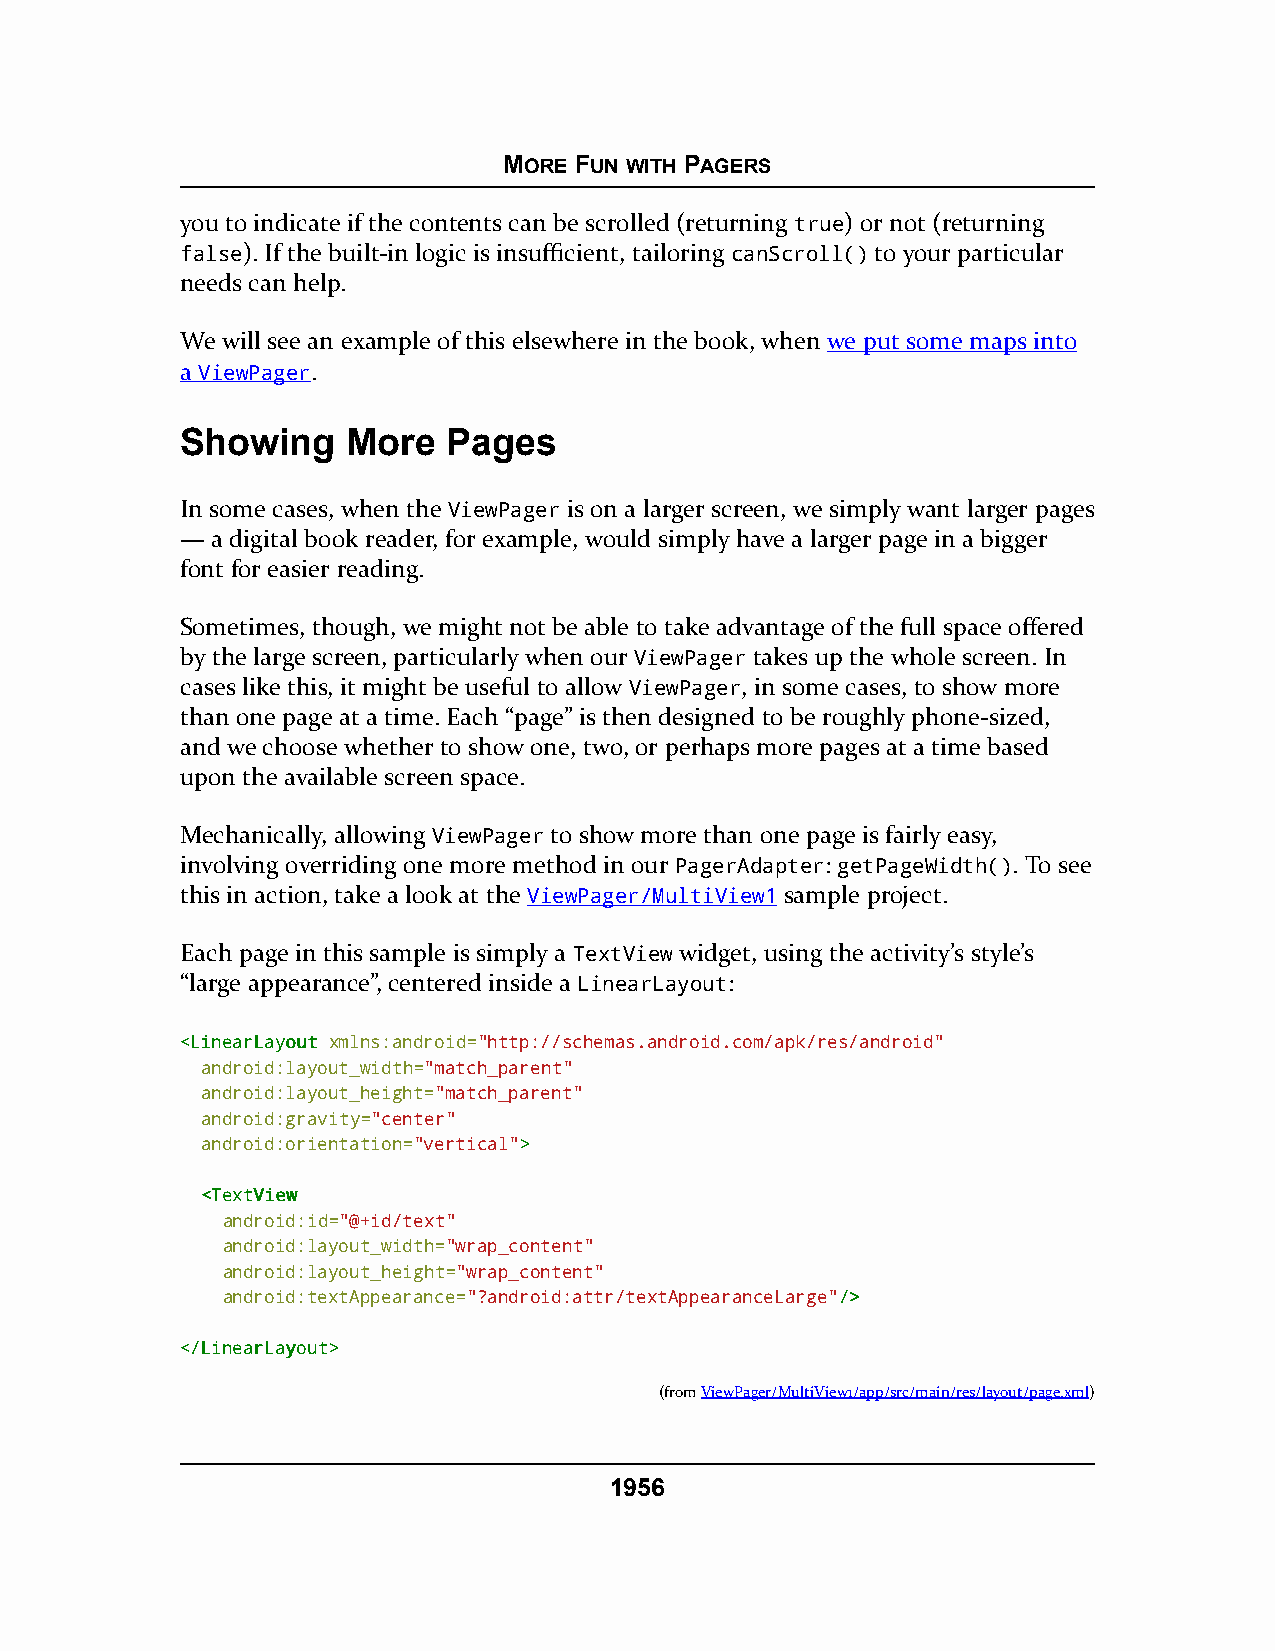
MORE FUN WITH PAGERS
 you to indicate if the contents can be scrolled (returning true) or not (returning
 false). If the built-in logic is insufficient, tailoring canScroll() to your particular
 needs can help.
 We will see an example of this elsewhere in the book, when we put some maps into
 a ViewPager.
 Showing    More   Pages
 In some cases, when the ViewPager is on a larger screen, we simply want larger pages
 — a digital book reader, for example, would simply have a larger page in a bigger
 font for easier reading.
 Sometimes, though, we might not be able to take advantage of the full space offered
 by the large screen, particularly when our ViewPager takes up the whole screen. In
 cases like this, it might be useful to allow ViewPager, in some cases, to show more
 than one page at a time. Each “page” is then designed to be roughly phone-sized,
 and we choose whether to show one, two, or perhaps more pages at a time based
 upon the available screen space.
 Mechanically, allowing ViewPager to show more than one page is fairly easy,
 involving overriding one more method in our PagerAdapter: getPageWidth(). To see
 this in action, take a look at the ViewPager/MultiView1 sample project.
 Each page in this sample is simply a TextView widget, using the activity’s style’s
 “large appearance”, centered inside a LinearLayout:
 <<LLiinneeaarrLLaayyoouutt xmlns:android="http://schemas.android.com/apk/res/android"
 android:layout_width="match_parent"
 android:layout_height="match_parent"
 android:gravity="center"
 android:orientation="vertical">>
 <<TTeexxttVViieeww
 android:id="@+id/text"
 android:layout_width="wrap_content"
 android:layout_height="wrap_content"
 android:textAppearance="?android:attr/textAppearanceLarge"//>>
 <<//LLiinneeaarrLLaayyoouutt>>
 (fromViewPager/MultiView1/app/src/main/res/layout/page.xml)
 1956